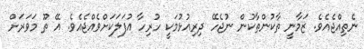
ނެތިއްޖެއެވެ. ޒަމާނީ ތާކުންތާކުން ނުޖެހޭ ދިރިއުޅުމަކީ ހުރިހާ އުފަލަކަށްވެއްޖެއެވެ. އޭ ތޫ މަވަރަށް